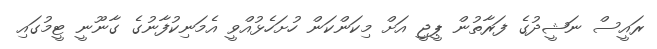
ރައީސް ނަޝީދުގެ ފަރާތުން ޕީޖީ އަށް މިކަންކަން ހުށަހެޅުއްވީ އެމަނިކުފާނުގެ ގާނޫނީ ޓީމުގައި